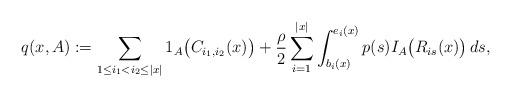
LaTeX: \begin{align*} q(x,A):= \sum_{1\leq i_1< i_2\leq|x|}1_A\bigl(C_{i_1,i_2}(x) \bigr)+\frac{\rho}{2}\sum_{i=1}^{|x|}\int_{b_i(x)}^{e_i(x)}p(s)I_A\bigl(R_{is}(x)\bigr)\,ds,\end{align*}